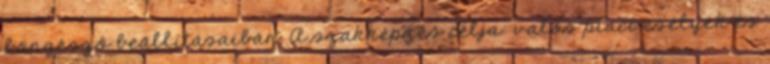
böngésző beállításaiban. A szakképzés célja: valós piaci esélyek és